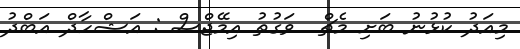
މިއަދު ކުޅުނު ބަށި މެޗް  ވަގުތު އިމޭޖްސް : އަޝްހާދް އަބްދު